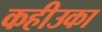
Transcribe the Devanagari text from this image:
कहीउका